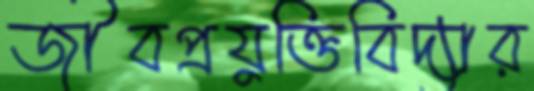
জীবপ্রযুক্তিবিদ্যার